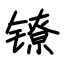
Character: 镣